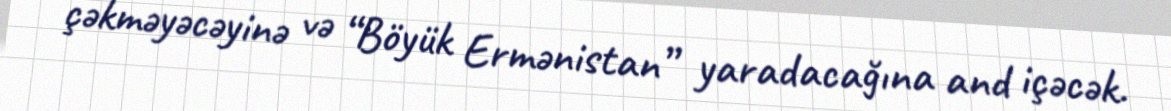
çəkməyəcəyinə və “Böyük Ermənistan” yaradacağına and içəcək.